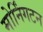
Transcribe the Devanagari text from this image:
मोर्निंगटन